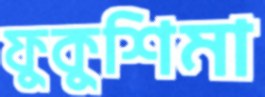
ফুকুশিমা